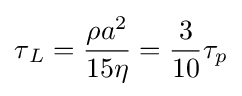
{\tau {_{L}}}={\frac {\rho a^{2}}{15\eta }}={\frac {3}{10}}\tau _{p}